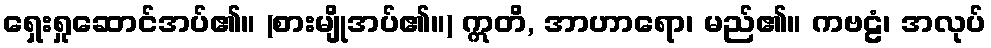
ရှေးရှုဆောင်အပ်၏။ (စားမျိုအပ်၏။) ဣတိ, အာဟာရော၊ မည်၏။ ကဗဠံ၊ အလုပ်